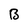
Character: B